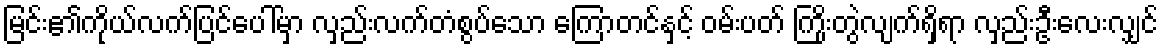
မြင်း၏ကိုယ်လက်ပြင်ပေါ်မှာ လှည်းလက်တံစွပ်သော ကြောတင်နှင့် ဝမ်းပတ် ကြိုးတွဲလျက်ရှိရာ လှည်းဦးလေးလျှင်